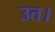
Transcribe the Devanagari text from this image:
उत।